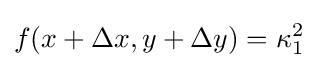
f(x+\Delta x,y+\Delta y)=\kappa _{1}^{2}